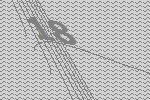
18